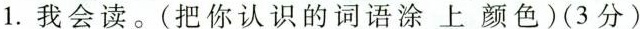
1.我会读。(把你认识的词语涂上颜色)(3分)